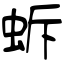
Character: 蚸